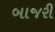
બાજરી